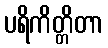
ပရိကိတ္တိတာ